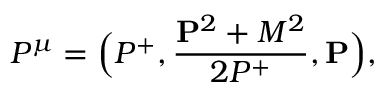
P ^ { \mu } = \Big ( P ^ { + } , { \frac { { \bf P } ^ { 2 } + M ^ { 2 } } { 2 P ^ { + } } } , { \bf P } \Big ) ,